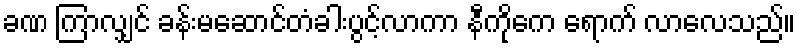
ခဏ ကြာလျှင် ခန်းမဆောင်တံခါးပွင့်လာကာ နီကိုကေ ရောက် လာလေသည်။